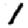
Digit: 1